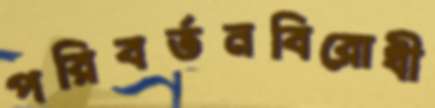
পরিবর্তনবিরোধী